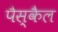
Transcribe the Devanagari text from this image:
पैस्कैल